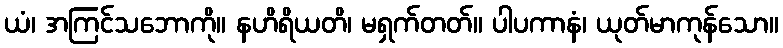
ယံ၊ အကြင်သဘောကို။ နဟိရိယတိ၊ မရှက်တတ်။ ပါပကာနံ၊ ယုတ်မာကုန်သော။